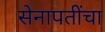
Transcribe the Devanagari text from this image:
सेनापतींचा